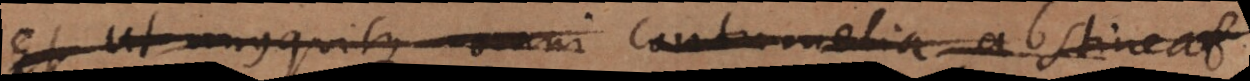
Et ut unusquisque omni contumelia abstineat